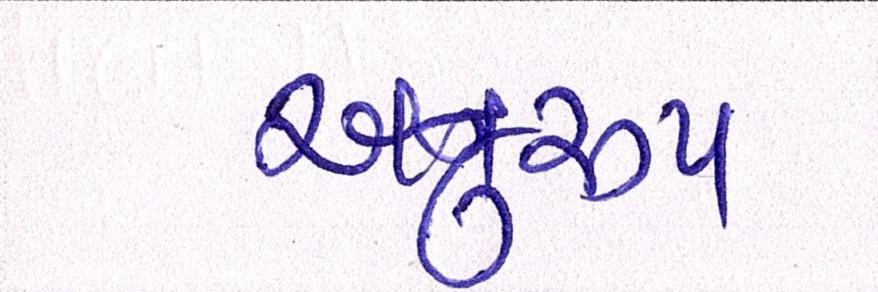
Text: અનુરૃપ